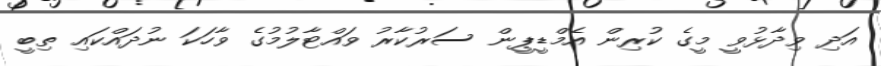
އަދި ވިދާޅުވީ މީގެ ކުރިން އެމްޑީޕީން ސަރުކާރު ވައްޓާލުމުގެ ވާހަކަ ނުދައްކައި ތިބީ